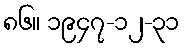
၈၆။ ၁၉၄၇-၁၂-၃၁